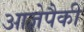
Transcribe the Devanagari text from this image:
आज्ञेपैकी